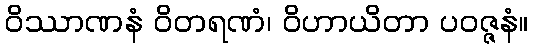
ဝိဿာဏနံ ဝိတရဏံ၊ ဝိဟာယိတာ ပဝဇ္ဇနံ။